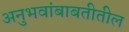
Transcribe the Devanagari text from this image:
अनुभवांबाबतीतील